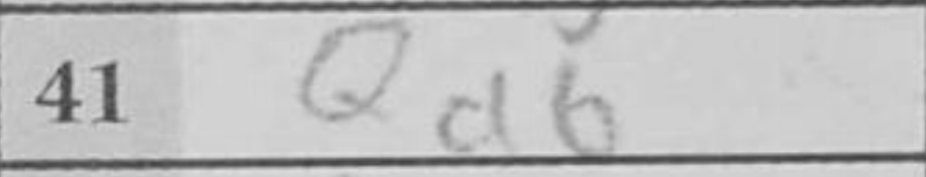
Transcription: Qa6